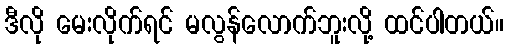
ဒီလို မေးလိုက်ရင် မလွန်လောက်ဘူးလို့ ထင်ပါတယ်။